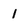
Character: l